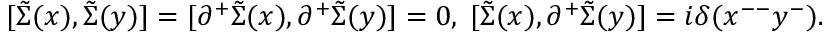
[ \tilde { \Sigma } ( x ) , \tilde { \Sigma } ( y ) ] = [ { \partial } ^ { + } \tilde { \Sigma } ( x ) , { \partial } ^ { + } \tilde { \Sigma } ( y ) ] = 0 , \; [ \tilde { \Sigma } ( x ) , { \partial } ^ { + } \tilde { \Sigma } ( y ) ] = i { \delta } ( x ^ { -- } y ^ { - } ) .